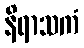
နိရာသကံ